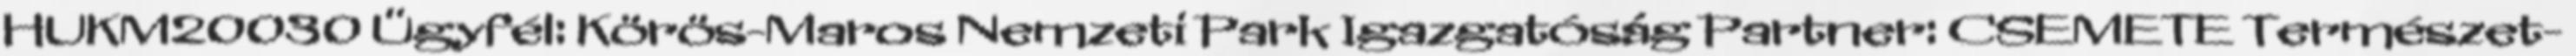
HUKM20030 Ügyfél: Körös-Maros Nemzeti Park Igazgatóság Partner: CSEMETE Természet-